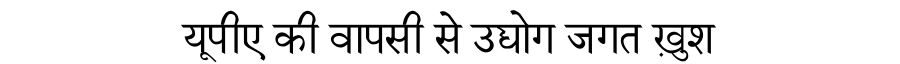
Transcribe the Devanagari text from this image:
यूपीए की वापसी से उद्योग जगत ख़ुश